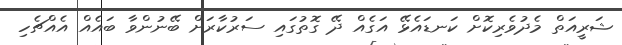
ޝަރީއަތް މެދުވެރިކޮށް ކަނޑައެޅޭ އަގެއް ދޭ ގޮތުގައި ސަރުކާރަށް ބޭނުންވާ ބައެއް އެއްޗެހި